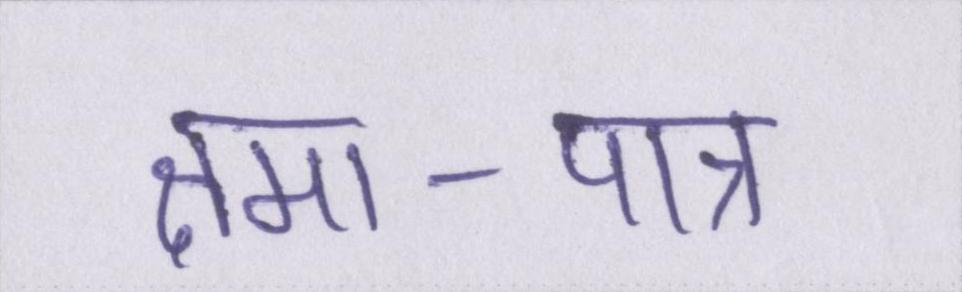
क्षमा-पात्र